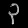
Digit: ၃